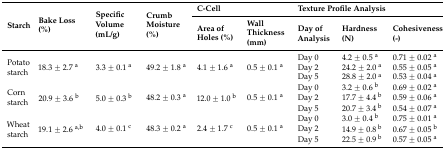
<table><thead><tr><td rowspan="2"><b>Starch</b></td><td rowspan="2"><b>Bake Loss (%)</b></td><td rowspan="2"><b>Specific Volume (mL/g)</b></td><td rowspan="2"><b>Crumb Moisture (%)</b></td><td colspan="2"><b>C-Cell</b></td><td colspan="3"><b>Texture Profile Analysis</b></td></tr><tr><td><b>Area of Holes (%)</b></td><td><b>Wall Thickness (mm)</b></td><td><b>Day of Analysis</b></td><td><b>Hardness (N)</b></td><td><b>Cohesiveness (-)</b></td></tr></thead><tbody><tr><td rowspan="3">Potato starch</td><td rowspan="3">18.3 ± 2.7 <sup>a</sup></td><td rowspan="3">3.3 ± 0.1 <sup>a</sup></td><td rowspan="3">49.2 ± 1.8 <sup>a</sup></td><td rowspan="3">4.1 ± 1.6 <sup>a</sup></td><td rowspan="3">0.5 ± 0.1 <sup>a</sup></td><td>Day 0</td><td>4.2 ± 0.5 <sup>a</sup></td><td>0.71 ± 0.02 <sup>a</sup></td></tr><tr><td>Day 2</td><td>24.2 ± 2.0 <sup>a</sup></td><td>0.55 ± 0.05 <sup>a</sup></td></tr><tr><td>Day 5</td><td>28.8 ± 2.0 <sup>a</sup></td><td>0.53 ± 0.04 <sup>a</sup></td></tr><tr><td rowspan="3">Corn starch</td><td rowspan="3">20.9 ± 3.6 <sup>b</sup></td><td rowspan="3">5.0 ± 0.3 <sup>b</sup></td><td rowspan="3">48.2 ± 0.3 <sup>a</sup></td><td rowspan="3">12.0 ± 1.0 <sup>b</sup></td><td rowspan="3">0.5 ± 0.1 <sup>a</sup></td><td>Day 0</td><td>3.2 ± 0.6 <sup>b</sup></td><td>0.69 ± 0.02 <sup>a</sup></td></tr><tr><td>Day 2</td><td>17.7 ± 4.4 <sup>b</sup></td><td>0.59 ± 0.06 <sup>a</sup></td></tr><tr><td>Day 5</td><td>20.7 ± 3.4 <sup>b</sup></td><td>0.54 ± 0.07 <sup>a</sup></td></tr><tr><td rowspan="3">Wheat starch</td><td rowspan="3">19.1 ± 2.6 <sup>a,b</sup></td><td rowspan="3">4.0 ± 0.1 <sup>c</sup></td><td rowspan="3">48.3 ± 0.2 <sup>a</sup></td><td rowspan="3">2.4 ± 1.7 <sup>c</sup></td><td rowspan="3">0.5 ± 0.1 <sup>a</sup></td><td>Day 0</td><td>3.0 ± 0.4 <sup>b</sup></td><td>0.75 ± 0.01 <sup>a</sup></td></tr><tr><td>Day 2</td><td>14.9 ± 0.8 <sup>b</sup></td><td>0.67 ± 0.05 <sup>b</sup></td></tr><tr><td>Day 5</td><td>22.5 ± 0.9 <sup>b</sup></td><td>0.57 ± 0.05 <sup>a</sup></td></tr></tbody></table>